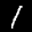
Label: 1